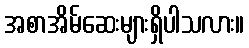
အစာအိမ်ဆေးများရှိပါသလား။